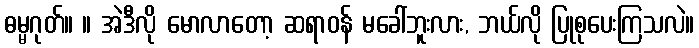
ဓမ္မဂုတ်။ ။ အဲဒီလို မောလာတော့ ဆရာဝန် မခေါ်ဘူးလား, ဘယ်လို ပြုစုပေးကြသလဲ။